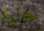
حارة